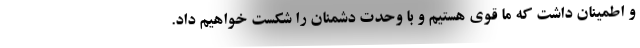
و اطمینان داشت که ما قوی هستیم و با وحدت دشمنان را شکست خواهیم داد.